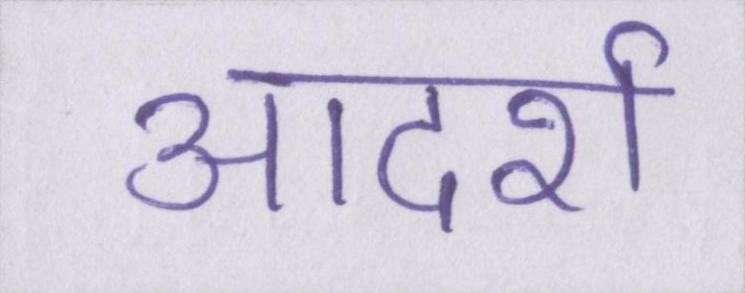
आदर्श